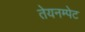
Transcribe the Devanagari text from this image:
तेयनम्पेट